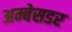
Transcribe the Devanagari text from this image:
अम्बेसडर